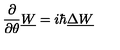
{ \frac { \partial } { \partial \theta } } \underline { W } = i \hbar \underline { \Delta } \underline { W }